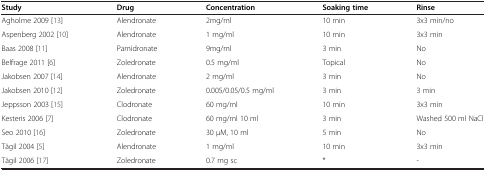
<table><thead><tr><td><b>Study</b></td><td><b>Drug</b></td><td><b>Concentration</b></td><td><b>Soaking time</b></td><td><b>Rinse</b></td></tr></thead><tbody><tr><td>Agholme 2009[13]</td><td>Alendronate</td><td>2mg/ml</td><td>10 min</td><td>3x3 min/no</td></tr><tr><td>Aspenberg 2002[10]</td><td>Alendronate</td><td>1 mg/ml</td><td>10 min</td><td>3x3 min</td></tr><tr><td>Baas 2008[11]</td><td>Pamidronate</td><td>9mg/ml</td><td>3 min</td><td>No</td></tr><tr><td>Belfrage 2011[6]</td><td>Zoledronate</td><td>0.5 mg/ml</td><td>Topical</td><td>No</td></tr><tr><td>Jakobsen 2007[14]</td><td>Alendronate</td><td>2 mg/ml</td><td>3 min</td><td>No</td></tr><tr><td>Jakobsen 2010[12]</td><td>Zoledronate</td><td>0.005/0.05/0.5 mg/ml</td><td>3 min</td><td>3 min</td></tr><tr><td>Jeppsson 2003[15]</td><td>Clodronate</td><td>60 mg/ml</td><td>10 min</td><td>3x3 min</td></tr><tr><td>Kesteris 2006[7]</td><td>Clodronate</td><td>60 mg/ml 10 ml</td><td>3 min</td><td>Washed 500 ml NaCl</td></tr><tr><td>Seo 2010[16]</td><td>Zoledronate</td><td>30 μM, 10 ml</td><td>5 min</td><td>No</td></tr><tr><td>Tägil 2004[5]</td><td>Alendronate</td><td>1 mg/ml</td><td>10 min</td><td>3x3 min</td></tr><tr><td>Tägil 2006[17]</td><td>Zoledronate</td><td>0.7 mg sc</td><td>*</td><td>-</td></tr></tbody></table>